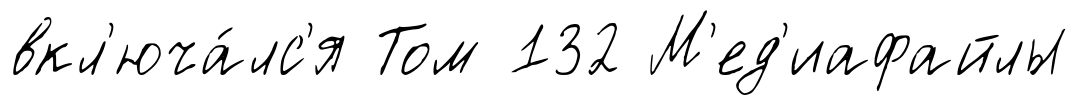
вкл'юча́лс'я Том 132 М'ед'иафайлы